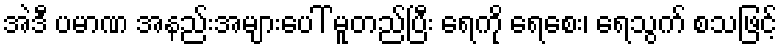
အဲဒီ ပမာဏ အနည်းအများပေါ် မူတည်ပြီး ရေကို ရေစေး၊ ရေသွက် စသဖြင့်